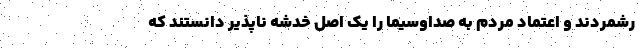
رشمردند و اعتماد مردم به صداوسیما را یک اصل خدشه ناپذیر دانستند که